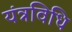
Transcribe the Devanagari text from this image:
यंत्रविधि